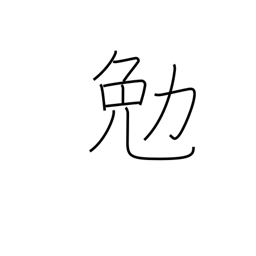
Meaning: strive